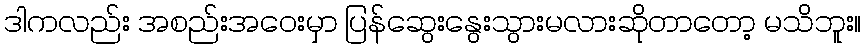
ဒါကလည်း အစည်းအဝေးမှာ ပြန်ဆွေးနွေးသွားမလားဆိုတာတော့ မသိဘူး။